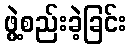
ဖွဲ့စည်းခဲ့ခြင်း